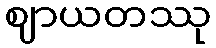
ဈာယတဿု